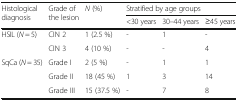
<table><thead><tr><td rowspan="2"><b>Histological diagnosis</b></td><td rowspan="2"><b>Grade of the lesion</b></td><td rowspan="2"><b><i>N</i> (%)</b></td><td colspan="3"><b>Stratified by age groups</b></td></tr><tr><td><b>&lt;30 years</b></td><td><b>30–44 years</b></td><td><b>≥45 years</b></td></tr></thead><tbody><tr><td rowspan="2">HSIL (<i>N</i> = 5)</td><td>CIN 2</td><td>1 (2.5 %)</td><td>-</td><td>1</td><td>-</td></tr><tr><td>CIN 3</td><td>4 (10 %)</td><td>-</td><td>-</td><td>4</td></tr><tr><td rowspan="3">SqCa (<i>N</i> = 35)</td><td>Grade I</td><td>2 (5 %)</td><td>-</td><td>1</td><td>1</td></tr><tr><td>Grade II</td><td>18 (45 %)</td><td>1</td><td>3</td><td>14</td></tr><tr><td>Grade III</td><td>15 (37.5 %)</td><td>-</td><td>7</td><td>8</td></tr></tbody></table>